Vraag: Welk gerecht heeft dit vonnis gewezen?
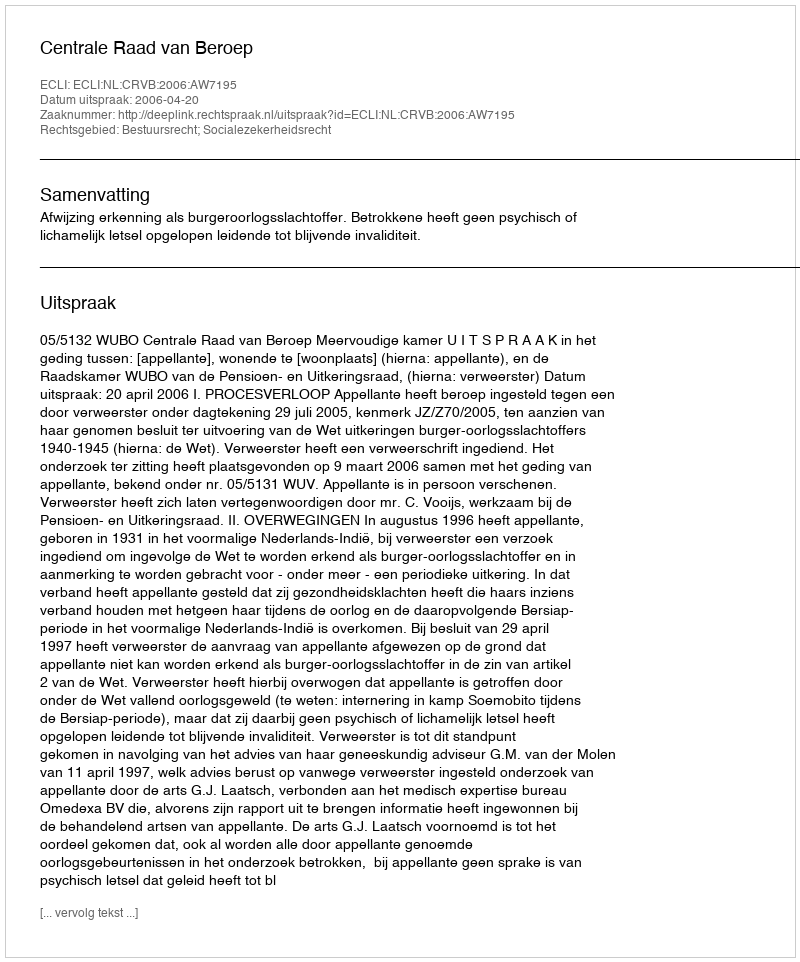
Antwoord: Centrale Raad van Beroep